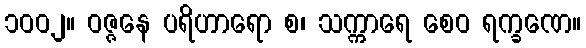
၁၀၀၂။ ဝဇ္ဇနေ ပရိဟာရော စ၊ သက္ကာရေ စေဝ ရက္ခဏေ။